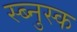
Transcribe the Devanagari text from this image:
स्ब्नुस्क